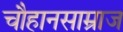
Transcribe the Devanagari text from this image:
चौहानसाम्राज